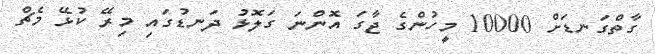
ގާތްގަނޑަށް 10000 މީހުންގެ ޖާގަ އޮންނަ ގަލޮޅު ދަނޑުގައި މިރޭ ކުޅޭ މެޗް